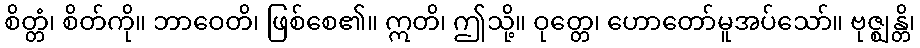
စိတ္တံ၊ စိတ်ကို။ ဘာဝေတိ၊ ဖြစ်စေ၏။ ဣတိ၊ ဤသို့။ ဝုတ္တေ၊ ဟောတော်မူအပ်သော်။ ဗုဇ္ဈန္တိ၊